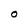
Character: O